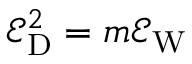
\begin{array} { r } { \mathcal { E } _ { \mathrm { D } } ^ { 2 } = m \mathcal { E } _ { \mathrm { W } } } \end{array}